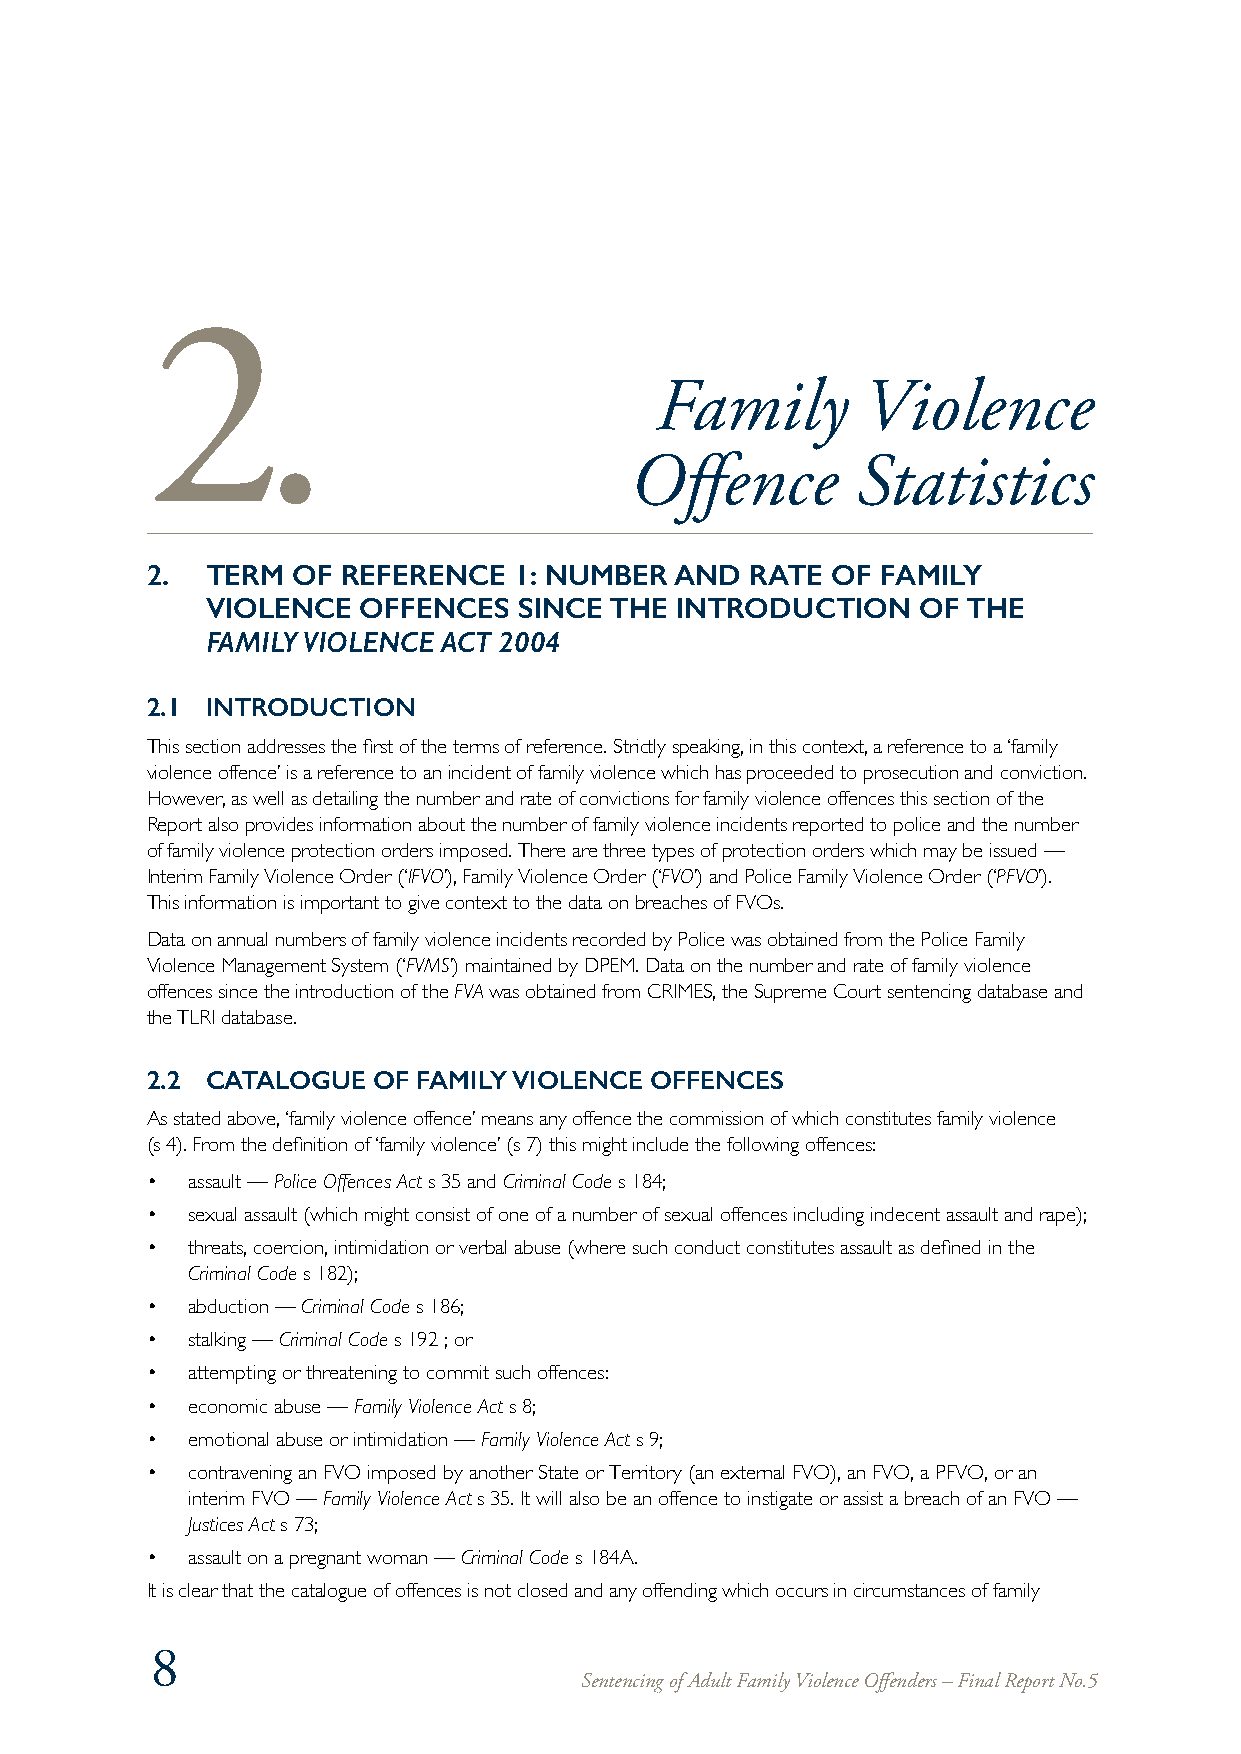
2.
 Family        Violence
 Offence        Statistics
 2.  TERM OF  REFERENCE  1: NUMBER  AND  RATE OF FAMILY
 VIOLENCE  OFFENCES  SINCE THE  INTRODUCTION    OF THE
 FAMILY VIOLENCE ACT 2004
 2.1 INTRODUCTION
 This section addresses the first of the terms of reference. Strictly speaking, in this context, a reference to a ‘family
 violence offence’ is a reference to an incident of family violence which has proceeded to prosecution and conviction.
 However, as well as detailing the number and rate of convictions for family violence offences this section of the
 Report also provides information about the number of family violence incidents reported to police and the number
 of family violence protection orders imposed. There are three types of protection orders which may be issued —
 Interim Family Violence Order (‘IFVO’), Family Violence Order (‘FVO’) and Police Family Violence Order (‘PFVO’).
 This information is important to give context to the data on breaches of FVOs.
 Data on annual numbers of family violence incidents recorded by Police was obtained from the Police Family
 Violence Management System (‘FVMS’) maintained by DPEM. Data on the number and rate of family violence
 offences since the introduction of the FVA was obtained from CRIMES, the Supreme Court sentencing database and
 the TLRI database.
 2.2 CATALOGUE  OF FAMILY VIOLENCE OFFENCES
 As stated above, ‘family violence offence’ means any offence the commission of which constitutes family violence
 (s 4). From the definition of ‘family violence’ (s 7) this might include the following offences:
 • assault — Police Offences Act s 35 and Criminal Code s 184;
 • sexual assault (which might consist of one of a number of sexual offences including indecent assault and rape);
 • threats, coercion, intimidation or verbal abuse (where such conduct constitutes assault as defined in the
 Criminal Code s 182);
 • abduction — Criminal Code s 186;
 • stalking — Criminal Code s 192 ; or
 • attempting or threatening to commit such offences:
 • economic abuse — Family Violence Act s 8;
 • emotional abuse or intimidation — Family Violence Act s 9;
 • contravening an FVO imposed by another State or Territory (an external FVO), an FVO, a PFVO, or an
 interim FVO — Family Violence Act s 35. It will also be an offence to instigate or assist a breach of an FVO —
 Justices Act s 73;
 • assault on a pregnant woman — Criminal Code s 184A.
 It is clear that the catalogue of offences is not closed and any offending which occurs in circumstances of family
 8
 Sentencing of Adult Family Violence Offenders – Final Report No.5